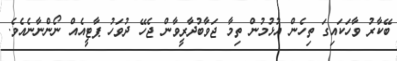
ބޭކާރު ވާހަކައިގަ ތިހެން އުޅުމުން ތިމާ ޖަވާބުދާރީވާން ޖެހޭ ދުވަހު ޕާޓީއެއް ނޯންނާނެއެވެ.